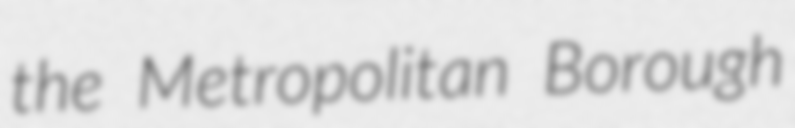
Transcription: the Metropolitan Borough